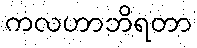
ကလဟာဘိရတာ